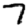
Digit: 7